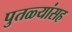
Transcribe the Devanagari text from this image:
पुतळ्यांसह